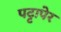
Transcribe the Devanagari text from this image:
पट्टापेर